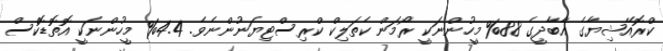
ކްރޮއޭޝިޔާގެ އާބާދީގެ 88% މީހުންނަކީ ރޯމަން ކެތަލިކް ކްރިސްޓިޔަނުންނެވެ. 4.4% މީހުންނަކީ އޮތޮޑޮކްސް